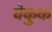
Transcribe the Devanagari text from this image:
वेकुक